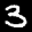
Digit: 3